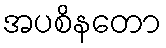
အပစိနတော